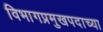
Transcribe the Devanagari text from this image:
विभागप्रमुखपदाच्या